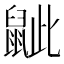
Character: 𪕑